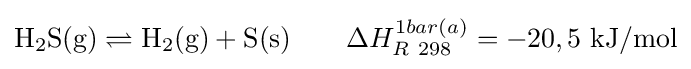
\mathrm {H_{2}S(g)\rightleftharpoons H_{2}(g)+S(s)} \qquad \Delta H_{R\ 298}^{1bar(a)}=-20,5\ \mathrm {kJ/mol}